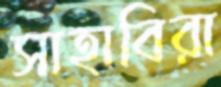
সাহাবিরা